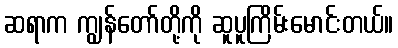
ဆရာက ကျွန်တော်တို့ကို ဆူပူကြိမ်းမောင်းတယ်။